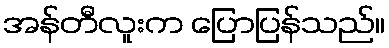
အန်တီလူးက ပြောပြန်သည်။